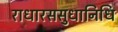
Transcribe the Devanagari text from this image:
राधारससुधानिधि